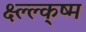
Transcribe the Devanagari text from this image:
क्ष्ल्ल्क्ष्म